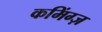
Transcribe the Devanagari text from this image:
कमिंग्ज़